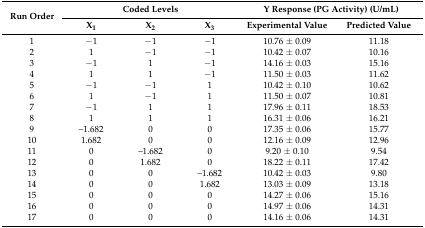
| <ROWSPAN=2> Run Order | <COLSPAN=3> Coded Levels | <COLSPAN=2> Y Response (PG Activity) (U/mL) |
 | X1 | X2 | X3 | Experimental Value | Predicted Value |
 | --- | --- | --- | --- | --- | --- |
 | 1 | −1 | −1 | −1 | 10.76 ± 0.09 | 11.18 |
 | 2 | 1 | −1 | −1 | 10.42 ± 0.07 | 10.16 |
 | 3 | −1 | 1 | −1 | 14.16 ± 0.03 | 15.16 |
 | 4 | 1 | 1 | −1 | 11.50 ± 0.03 | 11.62 |
 | 5 | −1 | −1 | 1 | 10.42 ± 0.10 | 10.62 |
 | 6 | 1 | −1 | 1 | 11.50 ± 0.07 | 10.81 |
 | 7 | −1 | 1 | 1 | 17.96 ± 0.11 | 18.53 |
 | 8 | 1 | 1 | 1 | 16.31 ± 0.06 | 16.21 |
 | 9 | –1.682 | 0 | 0 | 17.35 ± 0.06 | 15.77 |
 | 10 | 1.682 | 0 | 0 | 12.16 ± 0.09 | 12.96 |
 | 11 | 0 | –1.682 | 0 | 9.20 ± 0.10 | 9.54 |
 | 12 | 0 | 1.682 | 0 | 18.22 ± 0.11 | 17.42 |
 | 13 | 0 | 0 | –1.682 | 10.42 ± 0.03 | 9.80 |
 | 14 | 0 | 0 | 1.682 | 13.03 ± 0.09 | 13.18 |
 | 15 | 0 | 0 | 0 | 14.27 ± 0.06 | 15.16 |
 | 16 | 0 | 0 | 0 | 14.97 ± 0.06 | 14.31 |
 | 17 | 0 | 0 | 0 | 14.16 ± 0.06 | 14.31 |